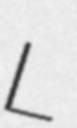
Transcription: L